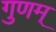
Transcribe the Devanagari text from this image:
गुणम्